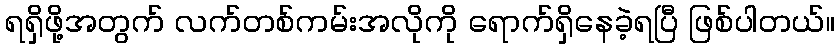
ရရှိဖို့အတွက် လက်တစ်ကမ်းအလိုကို ရောက်ရှိနေခဲ့ရပြီ ဖြစ်ပါတယ်။